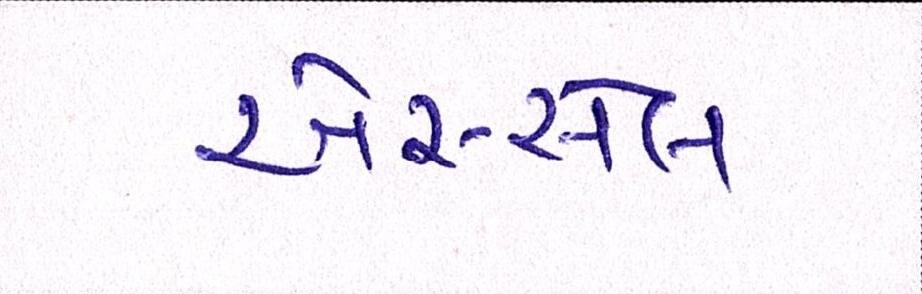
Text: એસ્સેલ